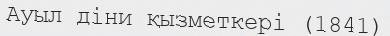
Ауыл діни қызметкері (1841)